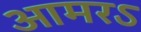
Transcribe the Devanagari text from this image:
आमरऽ